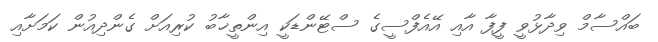
ބައްސާމް ވިދާޅުވީ ފީފާ އާއި އޭއެފްސީގެ ސްޓޭންޑަކީ އިންތީޚާބު ކުރިއަށް ގެންދިއުން ކަމަށާއި